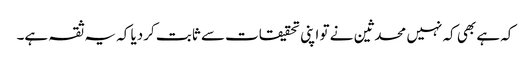
کہ ہے بھی کہ نہیں محدثین نے تو اپنی تحقیقات سے ثابت کردیا کہ یہ ثقہ ہے۔